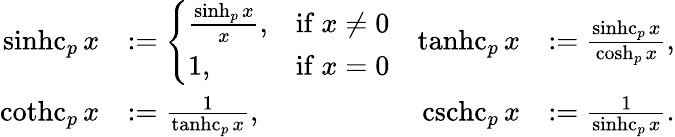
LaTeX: \begin{array}{rlrl}{\operatorname{sinhc}_{p}x}&{:=\left\{ \begin{array}{ll}{\frac{\sinh_{p}x}{x},}&{\mathrm{if~}x\neq 0}\\ {1,}&{\mathrm{if~}x=0}\end{array}\right.}&{\operatorname{tanhc}_{p}x}&{:=\frac{\operatorname{sinhc}_{p}x}{\cosh_{p}x},}\\ {\operatorname{cothc}_{p}x}&{:=\frac{1}{\operatorname{tanhc}_{p}x},}&{\operatorname{cschc}_{p}x}&{:=\frac{1}{\operatorname{sinhc}_{p}x}.}\end{array}